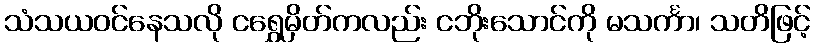
သံသယဝင်နေသလို ငရွှေမှိတ်ကလည်း ငဘိုးသောင်ကို မသင်္ကာ၊ သတိဖြင့်